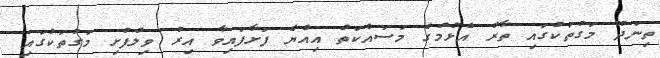
ތިނަދޫ މަގުތަކުގައި ތާރު އެޅުމުގެ މަސައްކަތް އިއްޔެ ފަށާފައިވާ އިރު ވިލުފުށި މަގުތަކުގައި